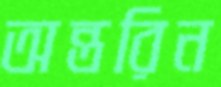
অন্তরিন